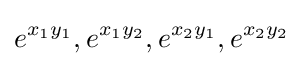
e^{x_{1}y_{1}},e^{x_{1}y_{2}},e^{x_{2}y_{1}},e^{x_{2}y_{2}}